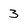
Character: 3